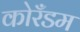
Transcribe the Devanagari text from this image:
कोरँडम